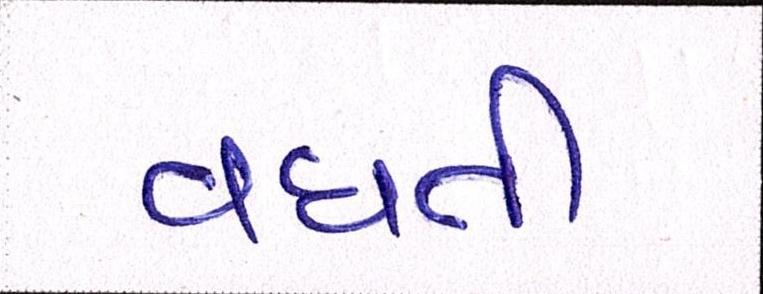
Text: વધતી